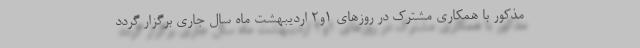
مذکور با همکاری مشترک در روزهای 1و2 اردیبهشت ماه سال جاری برگزار گردد